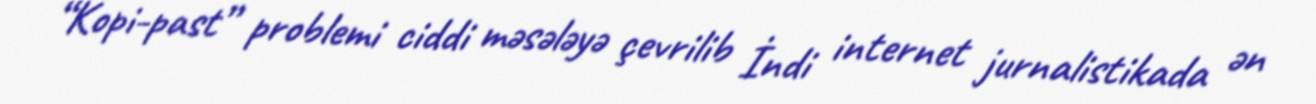
“Kopi-past” problemi ciddi məsələyə çevrilib İndi internet jurnalistikada ən